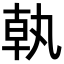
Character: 𪟵